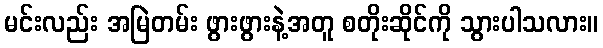
မင်းလည်း အမြဲတမ်း ဖွားဖွားနဲ့အတူ စတိုးဆိုင်ကို သွားပါသလား။